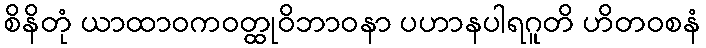
စိနိတုံ ယာထာဝကဝတ္ထုဝိဘာဝနာ ပဟာနပါရဂူတိ ဟိတဝစနံ